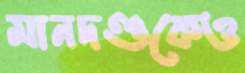
মানদণ্ডকেও